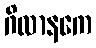
ဂိလာနကေ